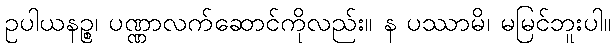
ဥပါယနဉ္စ၊ ပဏ္ဏာလက်ဆောင်ကိုလည်း။ န ပဿာမိ၊ မမြင်ဘူးပါ။